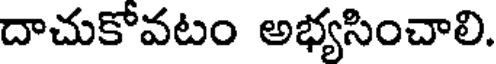
దాచుకోవటం అభ్యసించాలి.